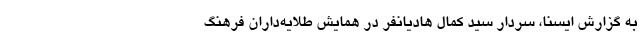
به گزارش ایسنا، سردار سید کمال هادیانفر در همایش طلایه‌داران فرهنگ